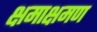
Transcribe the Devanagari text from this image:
क्षमाक्षमण